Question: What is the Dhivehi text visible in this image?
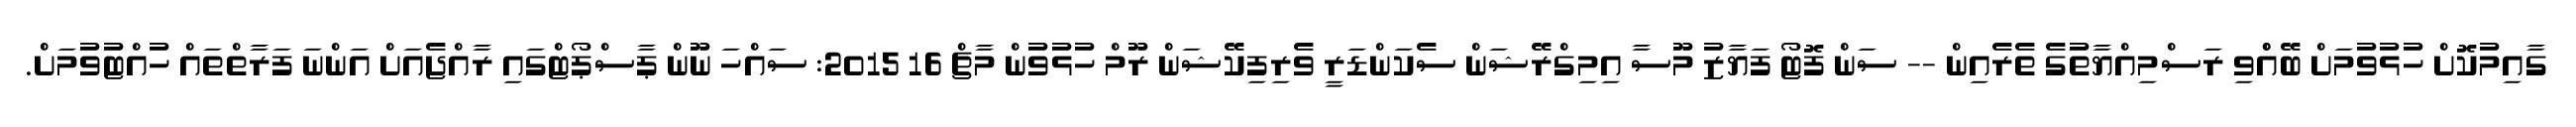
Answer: ގާއިމުކޮށް ހުޅުވުމަށް ބޭއްްވި ރަސްމިއްޔާތުގެ ތެރެއިން -- ސަން ފޮޓޯ ފަޔާޒު މޫސާ އިމިގްރޭޝަން ސެކަންޑަރީ ވެރިފިކޭޝަން ރޫމް ހުޅުވުން މާޗް 16 2015: ސައްހަ ނޫން ޕާސްޕޯޓްގައި ރާއްޖެއަށް އަންނަ ފަރާތްތައް ހުއްޓުވުމަށް.